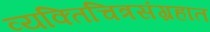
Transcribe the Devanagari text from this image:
व्यक्तिचित्रसंग्रहात